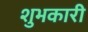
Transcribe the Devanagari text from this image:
शुभकारी